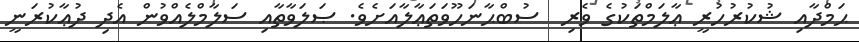
ޙަމްދާއި ޝުކުރުހުރީ ޢާލަމްތަކުގެ ވެރި  ސުބްޙާނަހޫވަތަޢާލާއަށެވެ. ޞަލަވާތާއި ސަލާމްލެއްވުން އެދި ދުޢާކުރަނީ